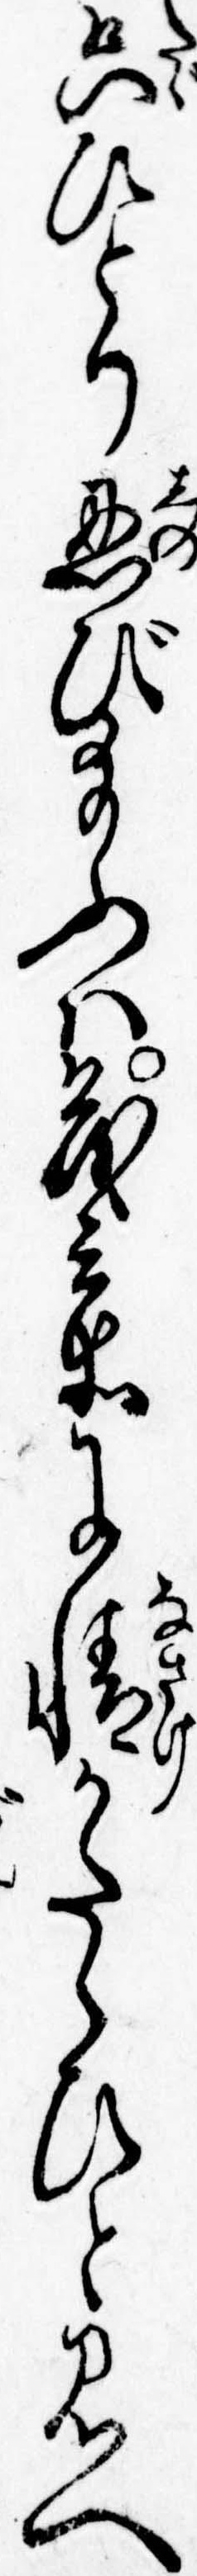
只ひとり忍び給ふは茂兵衛に情かたらひと見へ